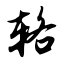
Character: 辂